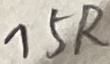
Text: 15R